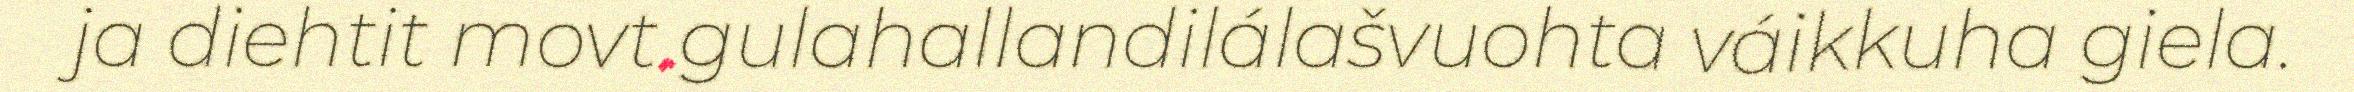
ja diehtit movt gulahallandilálašvuohta váikkuha giela.